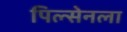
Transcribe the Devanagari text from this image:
पिल्सेनला